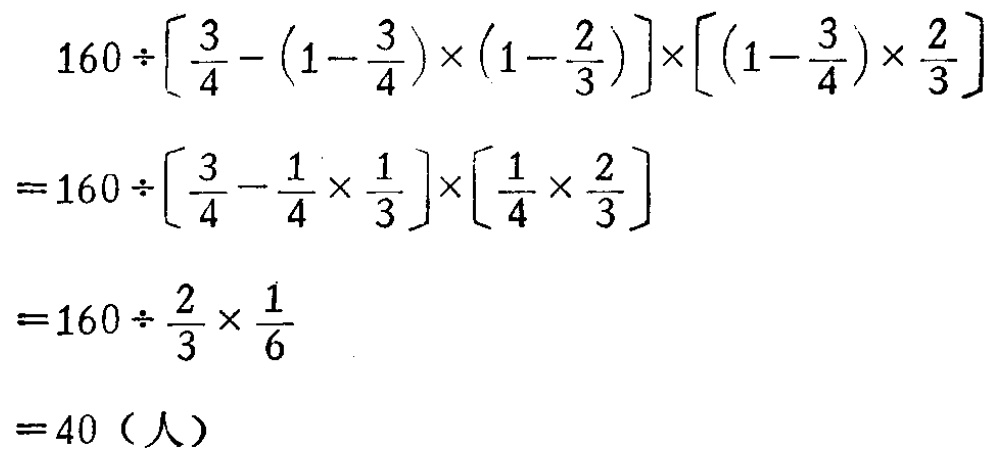
\[

\begin{align*}

&160\div\left[\frac{3}{4}-(1 - \frac{3}{4})\times(1 - \frac{2}{3})\right]\times\left[(1 - \frac{3}{4})\times\frac{2}{3}\right]\\

=&160\div\left[\frac{3}{4}-\frac{1}{4}\times\frac{1}{3}\right]\times\left[\frac{1}{4}\times\frac{2}{3}\right]\\

=&160\div\frac{2}{3}\times\frac{1}{6}\\

=&40（人）

\end{align*}

\]